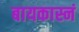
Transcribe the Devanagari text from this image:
बायकास्नं